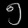
Digit: ၅